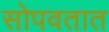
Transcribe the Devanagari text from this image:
सोपवतात